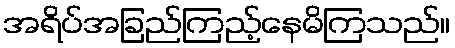
အရိပ်အခြည်ကြည့်နေမိကြသည်။